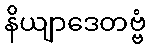
နိယျာဒေတဗ္ဗံ